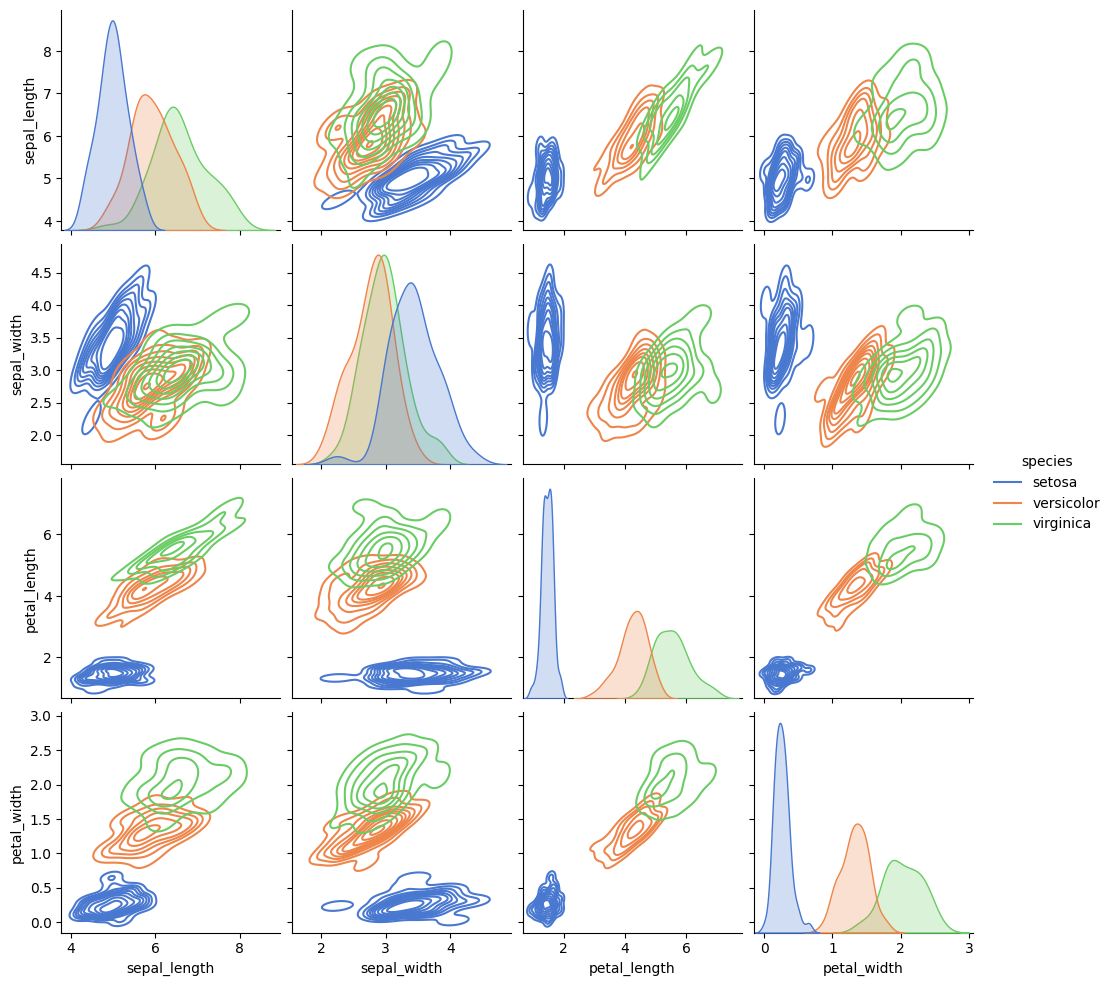
python, seaborn, pairplot, palette='muted', markers=['o'], kind='kde', diag_kind='auto'